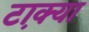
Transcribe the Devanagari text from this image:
टा़क्या